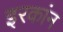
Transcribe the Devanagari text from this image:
इरकांन